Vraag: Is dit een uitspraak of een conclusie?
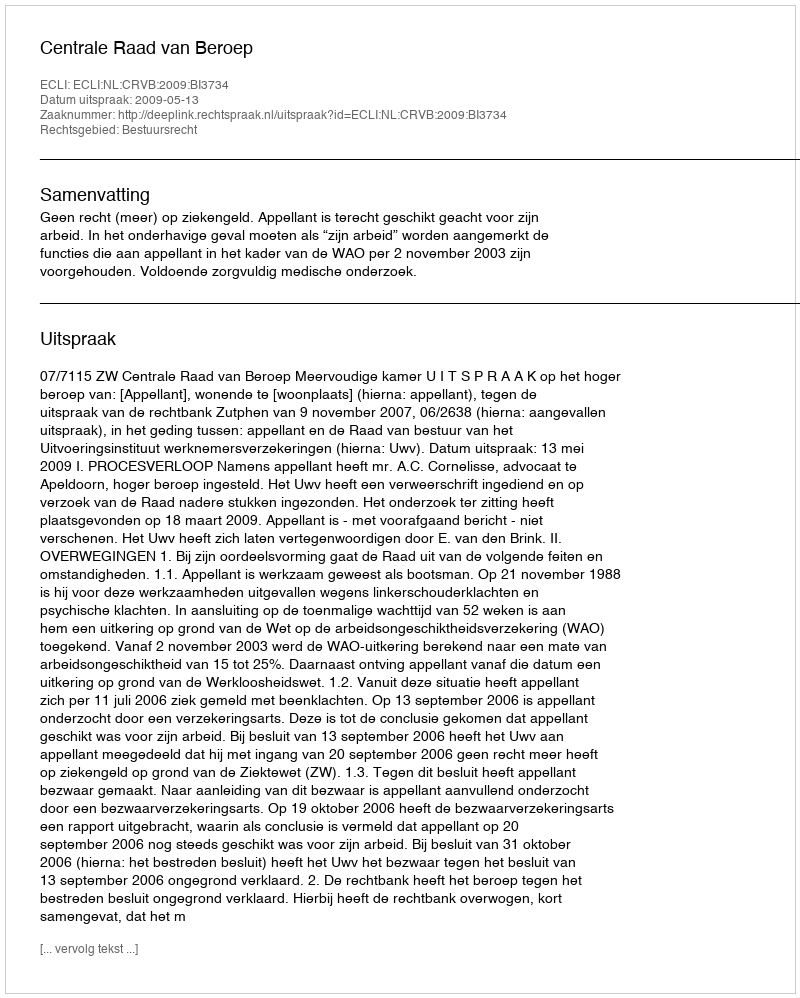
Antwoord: Uitspraak